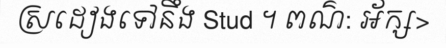
ស្រដៀងទៅនឹង Stud ។ ពណ៌: អ័ក្ស>